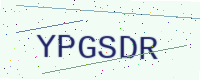
Text: YPGSDR